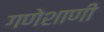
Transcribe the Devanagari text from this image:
गणेशाणी